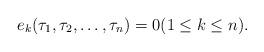
LaTeX: \begin{align*} e_k(\tau_1,\tau_2,\ldots,\tau_n) = 0 (1\le k\le n).\end{align*}